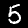
Digit: 5